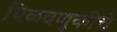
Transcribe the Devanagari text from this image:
पिळवणुकीचे